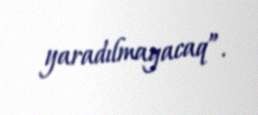
yaradılmayacaq”.